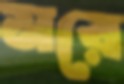
মরে